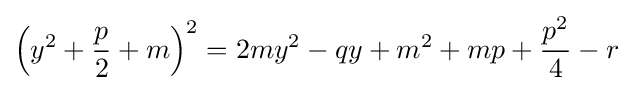
\left(y^{2}+{\frac {p}{2}}+m\right)^{2}=2my^{2}-qy+m^{2}+mp+{\frac {p^{2}}{4}}-r